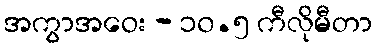
အကွာအဝေး - ၁၀.၅ ကီလိုမီတာ